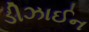
ડીઝાઈન